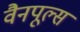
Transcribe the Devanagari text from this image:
वैनपूल्स